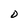
Character: D